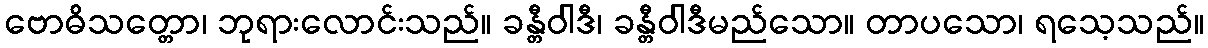
ဗောဓိသတ္တော၊ ဘုရားလောင်းသည်။ ခန္တီဝါဒီ၊ ခန္တီဝါဒီမည်သော။ တာပသော၊ ရသေ့သည်။